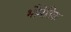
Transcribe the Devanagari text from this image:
भौमेतिक